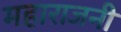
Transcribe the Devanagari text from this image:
महाराजनी